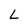
Character: L